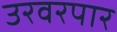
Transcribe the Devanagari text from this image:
उरवरपार